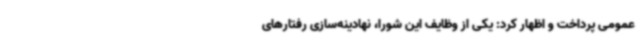
عمومی پرداخت و اظهار کرد: یکی از وظایف این شورا، نهادینه‌سازی رفتارهای